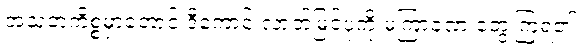
အသုဘကိစ္စမှာတောင် ဒီကောင် လာဘ်မြင်ပုံကို မကြာခဏ တွေ့ကြရ၏။